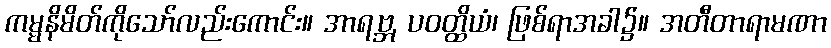
ကမ္မနိမိတ်ကိုသော်လည်းကောင်း။ အာရဗ္ဘ, ပဝတ္ထိယံ၊ ဖြစ်ရာအခါ၌။ အတီတာရာမဏာ